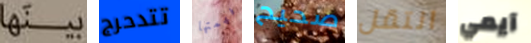
بينها تتدحرج فهمتها صحيح انتقل آيمي